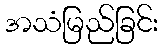
အသံမြည်ခြင်း